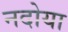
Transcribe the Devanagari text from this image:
नदोया